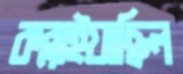
কব্‌লাইয়াছিল